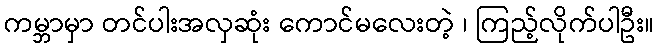
ကမ္ဘာမှာ တင်ပါးအလှဆုံး ကောင်မလေးတဲ့ ၊ ကြည့်လိုက်ပါဦး။